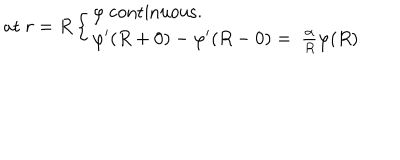
\mathrm { a t } \ r = R \left\{ \begin{array} { l l } { { \varphi \ \mathrm { c o n t i n u o u s . } } } \\ { { \varphi ^ { \prime } ( R + 0 ) - \varphi ^ { \prime } ( R - 0 ) = \ \frac { \alpha } { R } \varphi ( R ) } } \\ \end{array} \right.